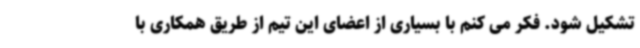
تشکیل شود. فکر می کنم با بسیاری از اعضای این تیم از طریق همکاری با